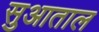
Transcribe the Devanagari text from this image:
सुआताल